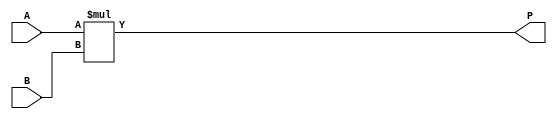
`timescale 1ns / 1ns
//////////////////////////////////////////////////////////////////////////////////
// Company: 
// Engineer: 
// 
// Design Name: 
// Module Name:    Multiplier16x16 
// Project Name: 
// Target Devices: 
// Tool versions: 
// Description: 
//
// Dependencies: 
//
// Revision: 
// Revision 0.01 - File Created
// Additional Comments: 
//
//////////////////////////////////////////////////////////////////////////////////
module Multiplier16x16 (
	input  [15:0] A , // input  [unsigned 16 bits]
	input  [15:0] B , // input  [unsigned 16 bits]
	output [31:0] P   // output [unsigned 32 bits]
);
	// Simply just multiply A in B
	assign P = A * B;
	
endmodule